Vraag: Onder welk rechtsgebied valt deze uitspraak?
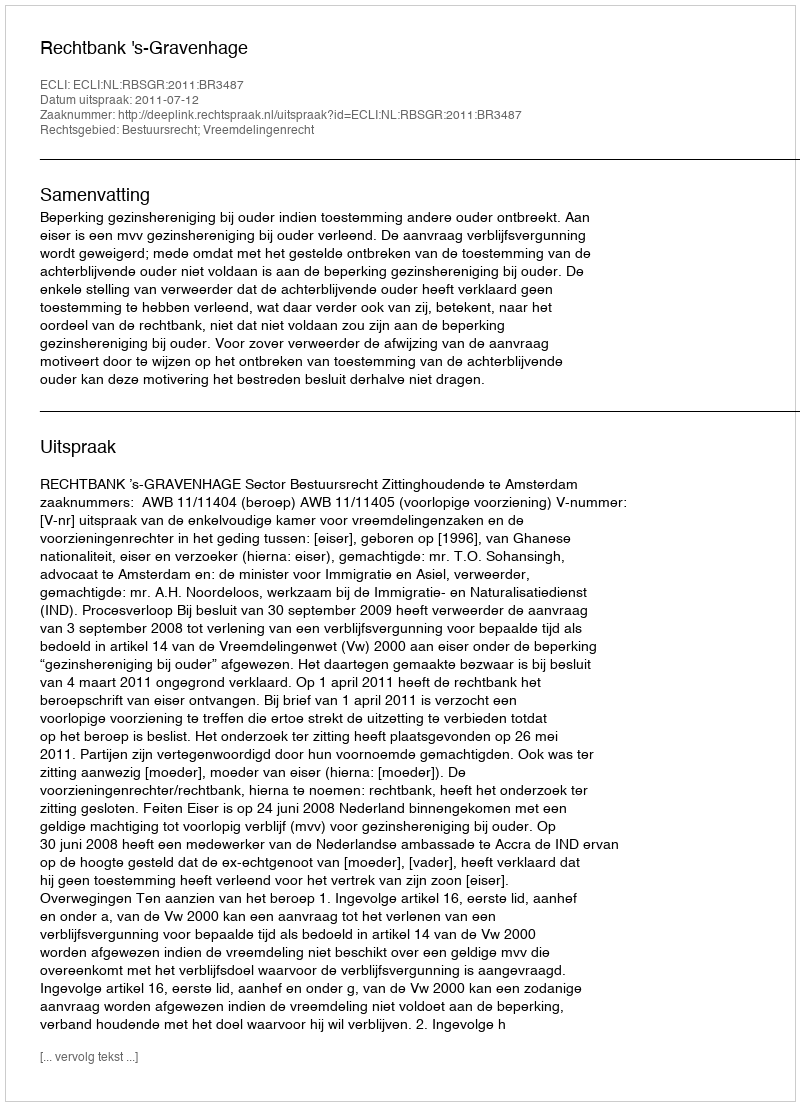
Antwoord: Bestuursrecht; Vreemdelingenrecht